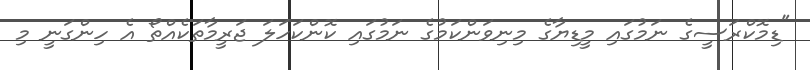
"ޑިމޮކްރަސީގެ ނަމުގައި މީޑިޔާގެ މިނިވަންކަމުގެ ނަމުގައި ކޮންކަހަލަ ޖަރީމާތަކެއްތޯ އެ ހިންގަނީ މި